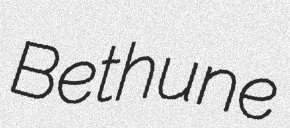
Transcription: Bethune